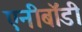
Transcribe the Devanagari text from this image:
एनीबॉडी